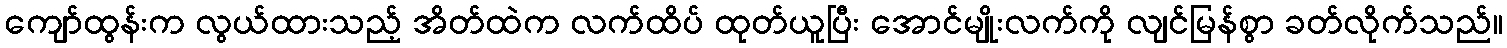
ကျော်ထွန်းက လွယ်ထားသည့် အိတ်ထဲက လက်ထိပ် ထုတ်ယူပြီး အောင်မျိုးလက်ကို လျင်မြန်စွာ ခတ်လိုက်သည်။